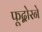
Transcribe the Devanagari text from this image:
फूद्बोरने